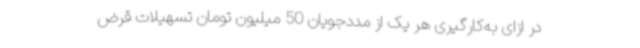
در ازای به‌کارگیری هر یک از مددجویان 50 میلیون تومان تسهیلات قرض‌